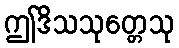
ဤဒိသသုတ္တေသု